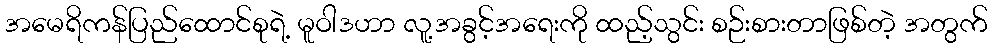
အမေရိကန်ပြည်ထောင်စုရဲ့ မူဝါဒဟာ လူ့အခွင့်အရေးကို ထည့်သွင်း စဉ်းစားတာဖြစ်တဲ့ အတွက်